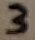
Text: 3